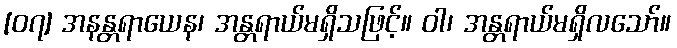
[၀၇] အနန္တရာယေန၊ အန္တရာယ်မရှိသဖြင့်။ ဝါ၊ အန္တရာယ်မရှိလသော်။